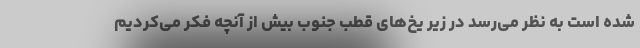
شده است به نظر می‌رسد در زیر یخ‌های قطب جنوب بیش از آنچه فکر می‌کردیم